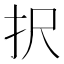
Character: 択